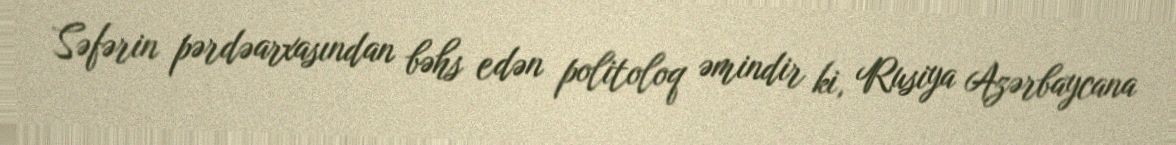
Səfərin pərdəarxasından bəhs edən politoloq əmindir ki, Rusiya Azərbaycana